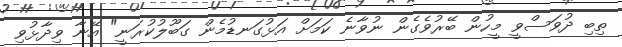
ތިބި ދުވަސްވީ މީހުން ބޭރުވެގެން ނުވާނެ ކަމަށް އަޅުގަނޑުމެން ގަބޫލުކުރަނީ" އޭނާ ވިދާޅުވި